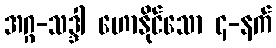
အဂ္ဂ-သဒ္ဒါ ဟောနိုင်သော ၄-နက်